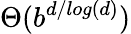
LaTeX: \Theta(b^{d/log(d)})